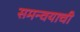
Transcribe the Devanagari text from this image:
समन्वयाची